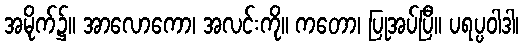
အမိုက်၌။ အာလောကော၊ အလင်းကို။ ကတော၊ ပြုအပ်ပြီ။ ပရပ္ပဝါဒါ၊